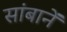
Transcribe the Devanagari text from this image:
सांबानें